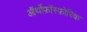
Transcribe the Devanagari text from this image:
ऑर्थोफ़ॉस्फ़ोरिक